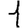
Digit: 1